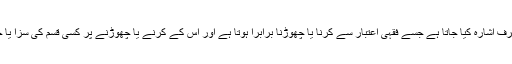
اس سے اس کام کی طرف اشارہ کیا جاتا ہے جسے فقہی اعتبار سے کرنا یا چھوڑنا برابرا ہوتا ہے اور اس کے کرنے یا چھوڑنے پر کسی قسم کی سزا یا جزا نہیں دی جاتی ہے۔